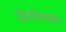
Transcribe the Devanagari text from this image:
द्वितीयार्चन